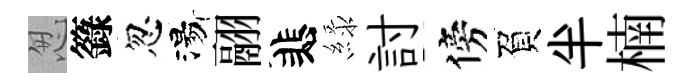
怱籙忽湯翮悲緑討傍負半楠